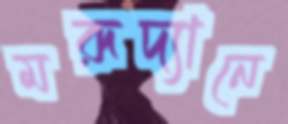
মরূদ্যানে